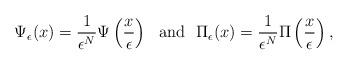
LaTeX: \begin{align*}\Psi _{\epsilon }(x)=\frac{1}{\epsilon ^{N}}\Psi \left( \frac{x}{\epsilon }\right) \,\,\mbox{ and }\,\,\Pi _{\epsilon }(x)=\frac{1}{\epsilon ^{N}}\Pi \left( \frac{x}{\epsilon }\right), \end{align*}